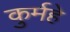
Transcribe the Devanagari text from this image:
कुर्महे